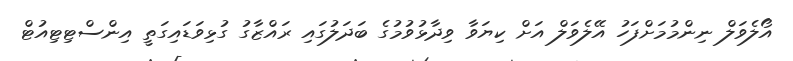
އޯލެވަލް ނިންމުމަށްފަހު އޭލެވަލް އަށް ކިޔަވާ ވިދާޅުވުމުގެ ބަދަލުގައި ރައްޒާގު ގުޅިވަޑައިގަތީ އިންސްޓިޓިއުޓް